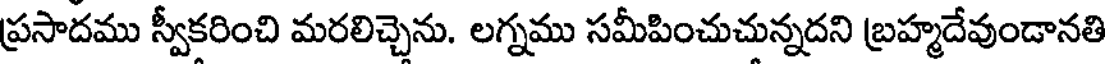
ప్రసాదము స్వీకరించి మరలిచ్చెను. లగ్నము సమీపించుచున్నదని బ్రహ్మదేవుండానతి